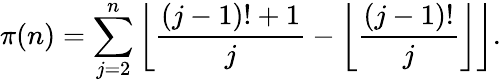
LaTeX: \pi(n)=\sum_{j=2}^{n}\left\lfloor{\frac{(j-1)!+1}{j}}-\left\lfloor{\frac{(j-1)!}{j}}\right\rfloor\right\rfloor.